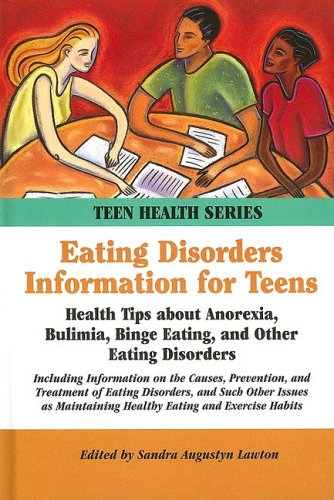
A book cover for Eating Disorders Information For Teens: Health Tips About Anorexia, Bulimia, Binge Eating, And Other Eating Disorders (Teen Health Series); Sandra Augustyn Lawton; Teen & Young Adult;